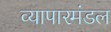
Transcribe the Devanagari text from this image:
व्यापारमंडल